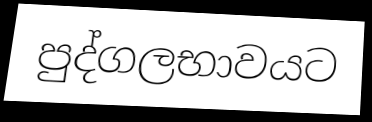
පුද්ගලභාවයට